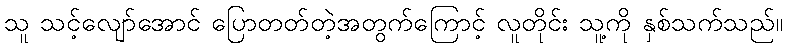
သူ သင့်လျော်အောင် ပြောတတ်တဲ့အတွက်ကြောင့် လူတိုင်း သူ့ကို နှစ်သက်သည်။